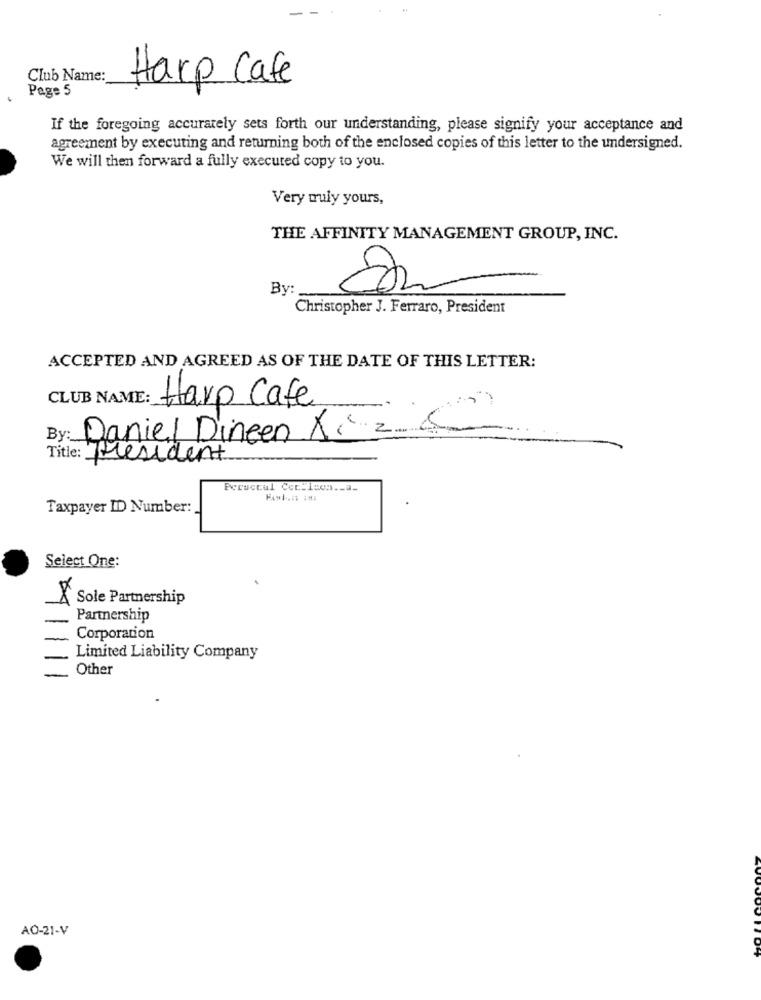
Club Name:
Harp Cafe
Page 5
If the foregoing accurately sets forth our understanding, please signify your acceptance and
agreement by executing and returning both of the enclosed copies of this letter to the undersigned.
We will then forward a fully executed copy to you.
Very truly yours,
THE AFFINITY MANAGEMENT GROUP, INC.
By:
Christopher J. Ferraro, President
ACCEPTED AND AGREED AS OF THE DATE OF THIS LETTER:
CLUB NAME: Harp Cafe
Daniel Dineen X 28
By :_
Title: President
Persecul Cer.1con .- a-
Taxpayer ID Number:
Select One:
Sole Partnership
Partnership
Corporation
Limited Liability Company
Other
AO-21-V